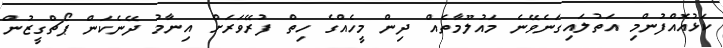
ކަޅުއޮއްފުންމި އަތުލައިގަނެވޭނެ މައުލޫމާތެއް ދިން މީހެއްގެ ހިތް ފުރޭވަރަށް އިނާމު ދޭނެކަން ޕޯޗްގީޒުން